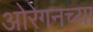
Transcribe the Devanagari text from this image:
ओरेगनच्या